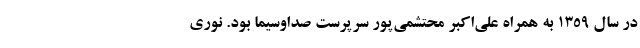
در سال ۱۳۵۹ به همراه علی‌اکبر محتشمی‌پور سرپرست صداوسیما بود. نوری